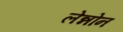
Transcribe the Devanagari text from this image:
लेन्नोन